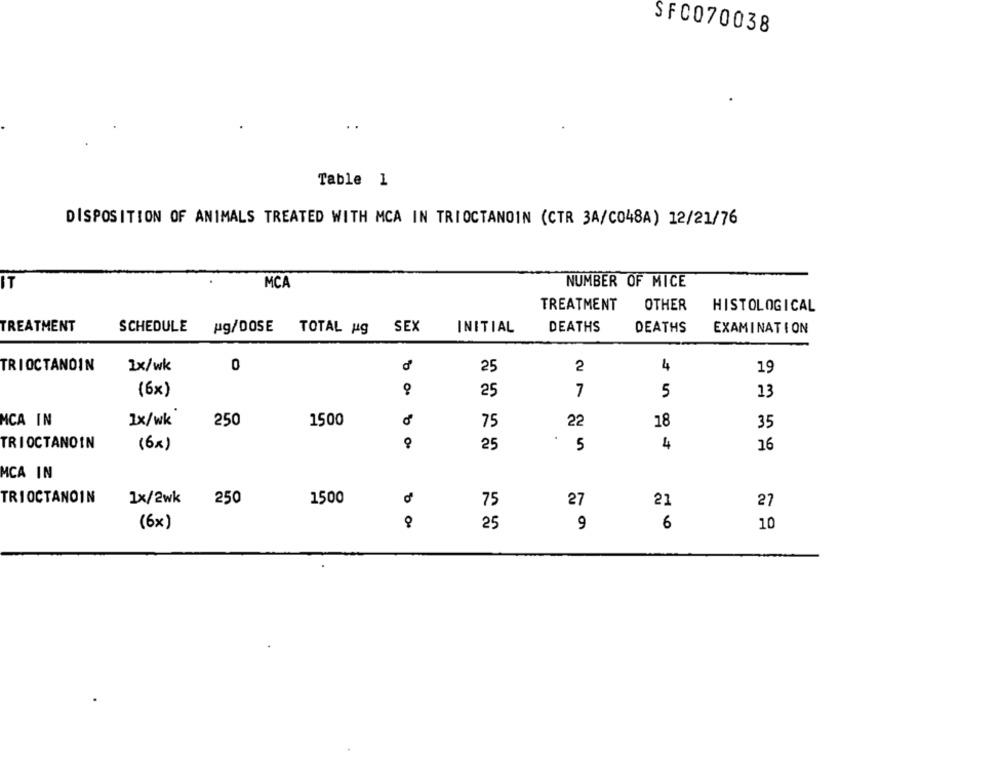
SF0070038
Table 1
DISPOSITION OF ANIMALS TREATED WITH MCA IN TRIOCTANOIN (CTR 3A/C048A) 12/21/76
IT
MCA
NUMBER OF MICE
TREATMENT
OTHER
HISTOLOGICAL
TREATMENT
SCHEDULE
pg/DOSE
SEX
INITIAL
DEATHS
DEATHS
TOTAL Hg
EXAMINATION
2
TRIOCTANOIN
1x/wk
0
25
4
19
(6x)
25
7
5
13
MCA IN
1x/wk
250
1500
75
22
18
35
TRIOCTANOIN
(6%)
25
5
4
16
MCA IN
TRIOCTANOIN
1x/2wk
250
1500
27
21
75
27
(6x)
25
9
6
10